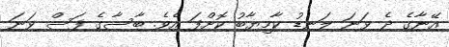
އޭނާގެ ދެ ވަނަ ލަނޑު ކާމިޔާބު ކޮށްފަ އެވެ. ބާސާގެ ފަސް ވަނަ